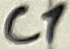
Text: C1